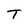
Character: T